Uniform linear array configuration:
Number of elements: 64
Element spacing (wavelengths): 0.25
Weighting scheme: kaiser
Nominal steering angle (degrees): -45
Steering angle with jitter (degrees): -43.108
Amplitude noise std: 0.05
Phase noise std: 0.05

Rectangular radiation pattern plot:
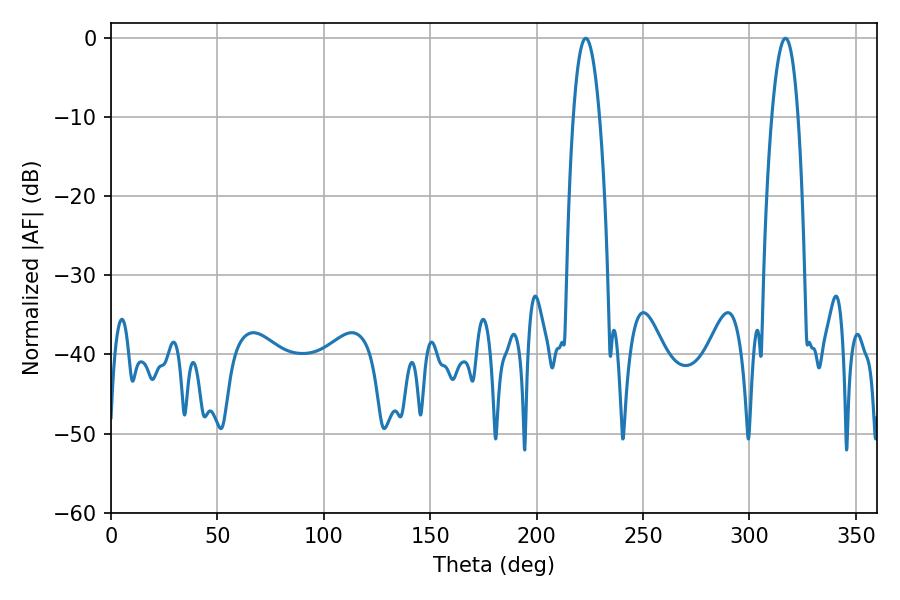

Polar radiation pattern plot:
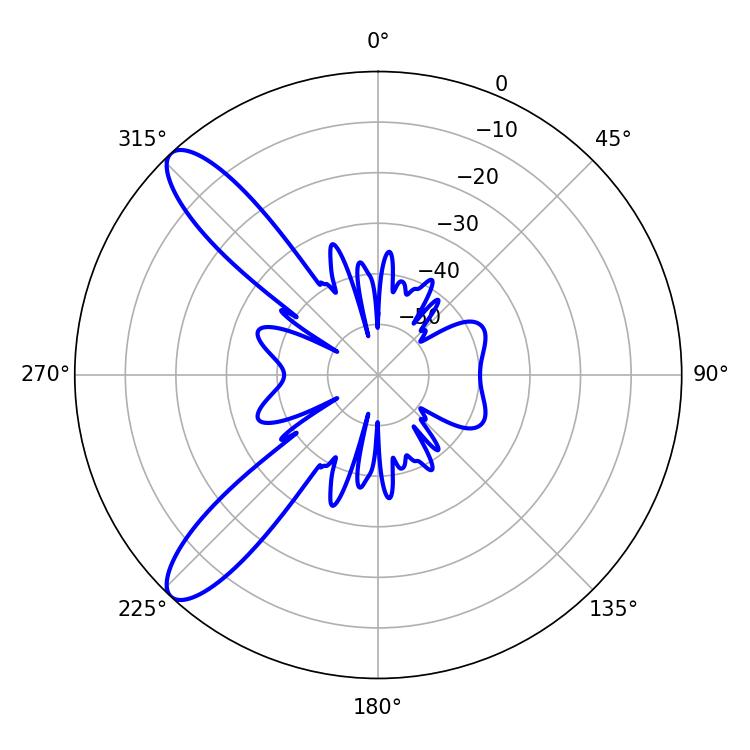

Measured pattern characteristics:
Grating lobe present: FALSE
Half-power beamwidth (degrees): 6.84
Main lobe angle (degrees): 223.02